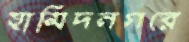
হামিদনগরে